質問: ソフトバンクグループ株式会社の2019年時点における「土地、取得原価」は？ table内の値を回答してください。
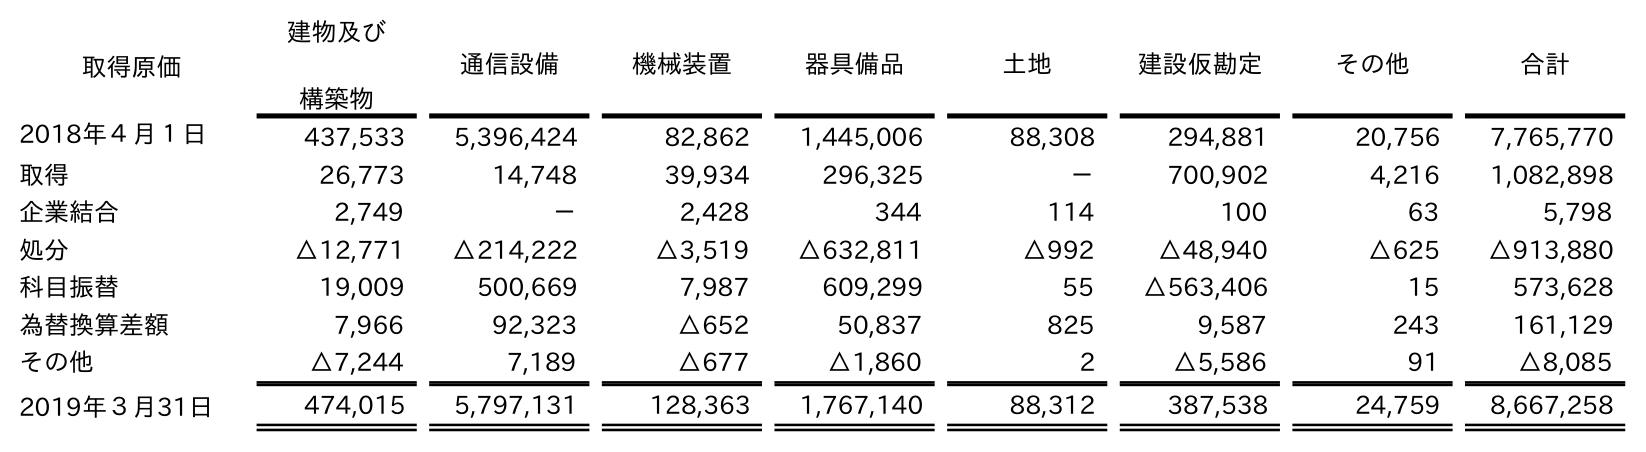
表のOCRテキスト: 取得原価 建物及び 構築物 通信設備 機械装置 器具備品 土地 建設仮勘定 その他 合計 2018年４月１日 437,533 5,396,424 82,862 1,445,006 88,308 294,881 20,756 7,765,770 取得 26,773 14,748 39,934 296,325 － 700,902 4,216 1,082,898 企業結合 2,749 － 2,428 344 114 100 63 5,798 処分 △12,771 △214,222 △3,519 △632,811 △992 △48,940 △625 △913,880 科目振替 19,009 500,669 7,987 609,299 55 △563,406 15 573,628 為替換算差額 7,966 92,323 △652 50,837 825 9,587 243 161,129 その他 △7,244 7,189 △677 △1,860 2 △5,586 91 △8,085 2019年３月31日 474,015 5,797,131 128,363 1,767,140 88,312 387,538 24,759 8,667,258
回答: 88,312